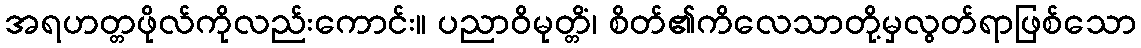
အရဟတ္တဖိုလ်ကိုလည်းကောင်း။ ပညာဝိမုတ္တိံ၊ စိတ်၏ကိလေသာတို့မှလွတ်ရာဖြစ်သော